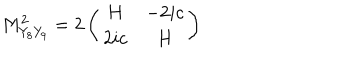
M _ { Y _ { 8 } Y _ { 9 } } ^ { 2 } = 2 \left( \begin{array} { c c } { { H } } & { { - 2 i c } } \\ { { 2 i c } } & { { H } } \\ \end{array} \right)